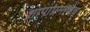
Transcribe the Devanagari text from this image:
शापाप्रमाणेच